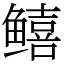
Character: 𬶮